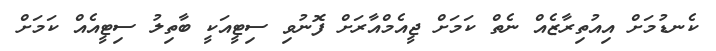
ކެނޑުމަށް އިއުތިރާޒެއް ނެތް ކަމަށް ޖީއެމްއާރަށް ފޮނުވި ސިޓީއަކީ ބާތިލު ސިޓީއެއް ކަމަށް